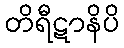
တိရီဋာနိပိ